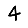
Digit: 4